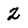
Character: 2